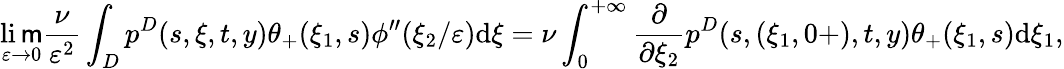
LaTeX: \operatorname*{li\mathsf{m}}_{\varepsilon\to0}\frac{{\nu}}{{\varepsilon^{2}}}\int_{D}p^{D}(s,\xi,t,y)\theta_{+}(\xi_{1},s)\phi^{\prime\prime}(\xi_{2}/\varepsilon)\textrm{{d}}\xi=\nu\int_{0}^{+\infty}\frac{{\partial}}{{\partial\xi_{2}}}p^{D}(s,(\xi_{1},0+),t,y)\theta_{+}(\xi_{1},s)\textrm{{d}}\xi_{1},